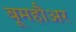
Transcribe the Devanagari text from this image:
बूमहौअर